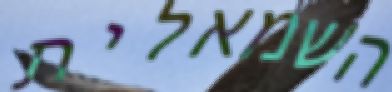
השמאלית